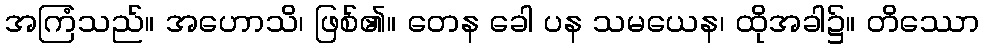
အကြံသည်။ အဟောသိ၊ ဖြစ်၏။ တေန ခေါ ပန သမယေန၊ ထိုအခါ၌။ တိဿော